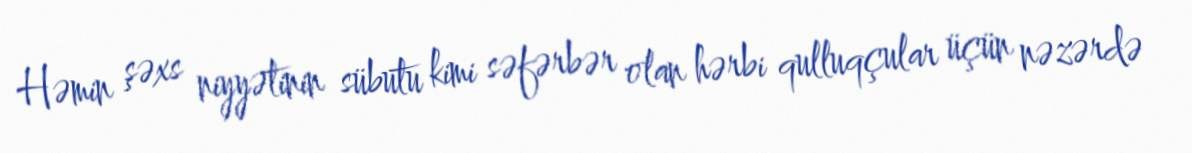
Həmin şəxs niyyətinin sübutu kimi səfərbər olan hərbi qulluqçular üçün nəzərdə